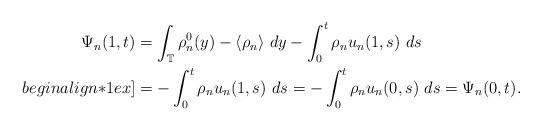
LaTeX: \begin{align*} \Psi_{n}(1,t) &= \int_{\mathbb{T}} \rho_{n}^{0}(y) - \langle \rho_{n} \rangle~dy - \int_{0}^{t} \rho_{n}u_{n} (1,s)~ds \\begin{align*}1ex] &= - \int_{0}^{t} \rho_{n}u_{n} (1,s)~ds = - \int_{0}^{t} \rho_{n}u_{n} (0,s)~ds = \Psi_{n}(0,t). \end{align*}